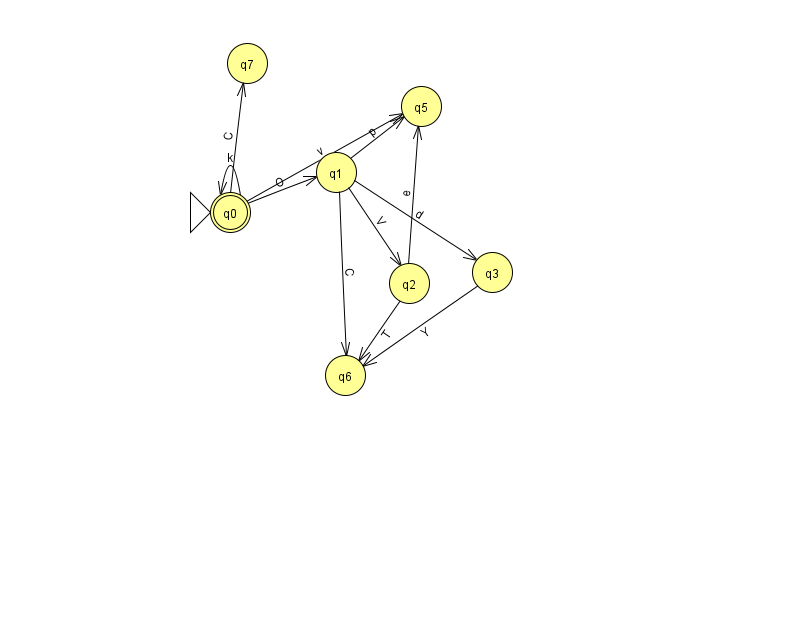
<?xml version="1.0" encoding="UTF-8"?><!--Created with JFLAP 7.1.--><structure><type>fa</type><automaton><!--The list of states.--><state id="0" name="q0"><x>230.0</x><y>199.0</y><initial/><final/></state><state id="1" name="q1"><x>336.0</x><y>159.0</y></state><state id="2" name="q2"><x>409.0</x><y>270.0</y></state><state id="3" name="q3"><x>492.0</x><y>259.0</y></state><state id="5" name="q5"><x>421.0</x><y>93.0</y></state><state id="6" name="q6"><x>345.0</x><y>362.0</y></state><state id="7" name="q7"><x>247.0</x><y>50.0</y></state><!--The list of transitions.--><transition><from>0</from><to>7</to><read>C</read></transition><transition><from>1</from><to>2</to><read>V</read></transition><transition><from>0</from><to>5</to><read>v</read></transition><transition><from>0</from><to>1</to><read>O</read></transition><transition><from>1</from><to>6</to><read>C</read></transition><transition><from>2</from><to>6</to><read>T</read></transition><transition><from>0</from><to>0</to><read>k</read></transition><transition><from>1</from><to>3</to><read>d</read></transition><transition><from>1</from><to>5</to><read>p</read></transition><transition><from>2</from><to>5</to><read>e</read></transition><transition><from>3</from><to>6</to><read>Y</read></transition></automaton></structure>